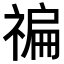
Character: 𥚹